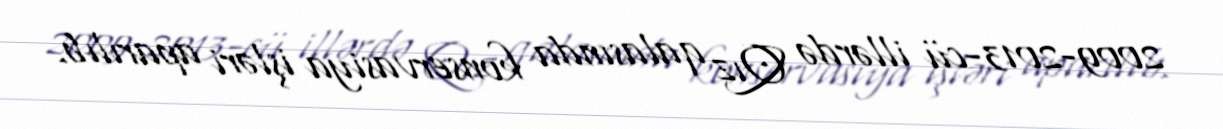
2009-2013-cü illərdə Qız qalasında konservasiya işləri aparılıb.